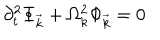
LaTeX: \partial _ { t } ^ { 2 } \Phi _ { \vec { k } } + \Omega _ { k } ^ { 2 } \Phi _ { \vec { k } } = 0